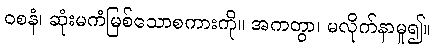
ဝစနံ၊ ဆုံးမကံမြစ်သောစကားကို။ အကတွာ၊ မလိုက်နာမူ၍။